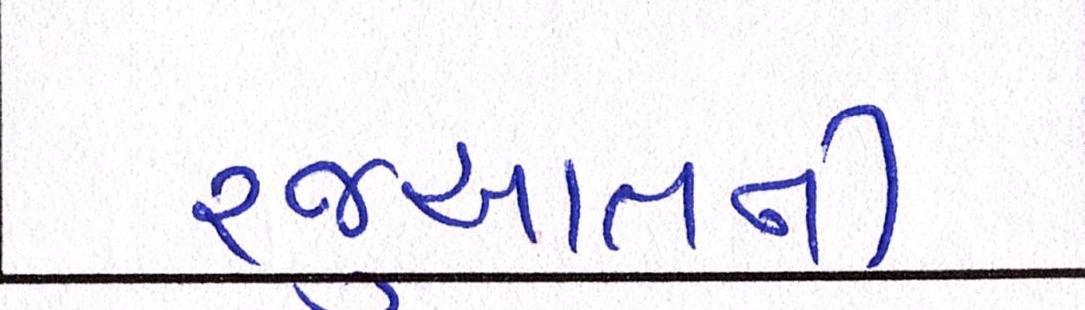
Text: રજૂઆતની